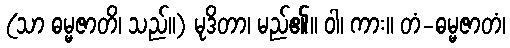
(သာ ဓမ္မဇာတိ၊ သည်။) မုဒိတာ၊ မည်၏။ ဝါ၊ ကား။ တံ-ဓမ္မဇာတံ၊